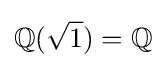
\mathbb {Q} ({\sqrt {1}})=\mathbb {Q}